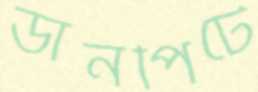
ডানপিটে